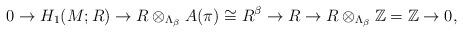
LaTeX: \begin{align*}0\to{H_1(M;R)}\to{R}\otimes_{\Lambda_\beta}{A(\pi)}\cong{R^\beta}\to{R}\to{R}\otimes_{\Lambda_\beta}\mathbb{Z}=\mathbb{Z}\to0,\end{align*}